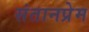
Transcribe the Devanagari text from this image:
संतानप्रेम